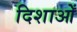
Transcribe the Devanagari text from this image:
दिशाओँ